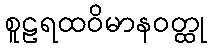
စူဠရထဝိမာနဝတ္ထု